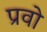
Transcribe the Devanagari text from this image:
प्रवो